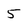
Character: 5